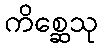
ကိစ္ဆေသု